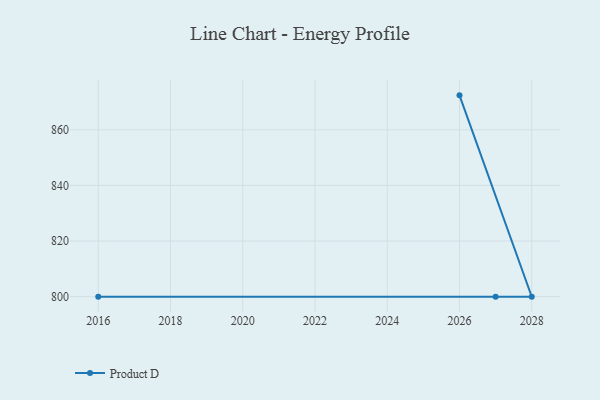
{"axis": {"x": "Year", "y": "Customer Acquisition Cost (USD)"}, "legend": ["Product D"], "data": [{"x": "2026", "y": 872.4, "type": "Product D"}, {"x": "2028", "y": 800, "type": "Product D"}, {"x": "2016", "y": 800, "type": "Product D"}, {"x": "2027", "y": 800, "type": "Product D"}]}